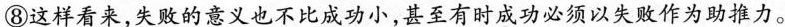
⑧这样看来，失败的意义也不比成功小，甚至有时成功必须以失败作为助推力。